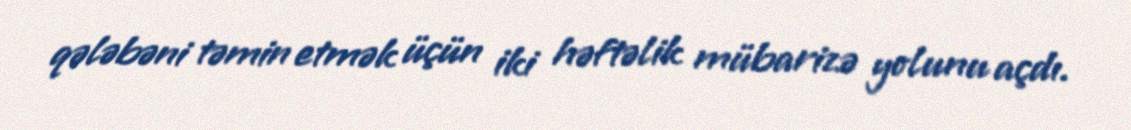
qələbəni təmin etmək üçün iki həftəlik mübarizə yolunu açdı.